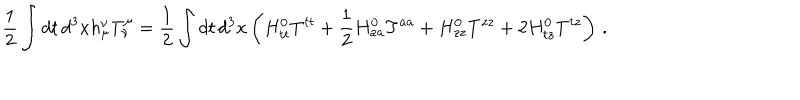
\frac { 1 } { 2 } \int d t \, d ^ { 3 } x h _ { \mu } ^ { \nu } T _ { \nu } ^ { \mu } = \frac { 1 } { 2 } \int d t \, d ^ { 3 } x \left( H _ { t t } ^ { 0 } T ^ { t t } + \frac { 1 } { 2 } H _ { a a } ^ { 0 } T ^ { a a } + H _ { z z } ^ { 0 } T ^ { z z } + 2 H _ { t z } ^ { 0 } T ^ { t z } \right) \, .